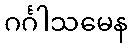
ဂင်္ဂါသမေန